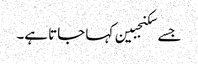
جسے سکنجبین کہا جاتا ہے۔